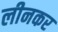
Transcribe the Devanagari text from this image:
लीनकर